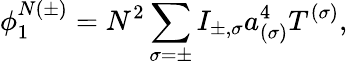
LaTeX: \phi_{1}^{N(\pm)}=N^{2}\sum_{\sigma=\pm}I_{\pm,\sigma}a_{(\sigma)}^{4}T^{(\sigma)},